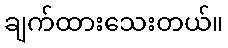
ချက်ထားသေးတယ်။